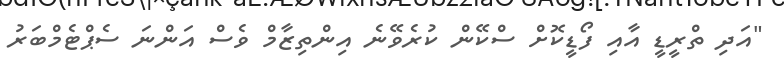
"އަދި ތްރީޑީ އާއި ފޯޑީކޮށް ސްކޭން ކުރެވޭނެ އިންތިޒާމް ވެސް އަންނަ ސެޕްޓެމްބަރު